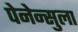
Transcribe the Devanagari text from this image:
पेनेन्सुला